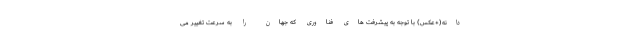
دانه(+عکس) با توجه به پیشرفت های فناوری که جهان را به سرعت تغییر می